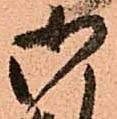
御